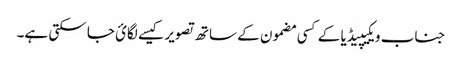
جناب ویکیپیڈیا کے کسی مضمون کے ساتھ تصویر کیسے لگائ جا سکتی ہے۔